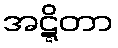
အဋ္ဋိတာ